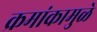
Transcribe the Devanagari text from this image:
क्रमांकामुळे